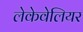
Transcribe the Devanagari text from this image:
लेकेवेलियर